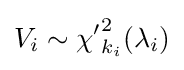
V_{i}\sim {\chi '}_{k_{i}}^{2}(\lambda _{i})